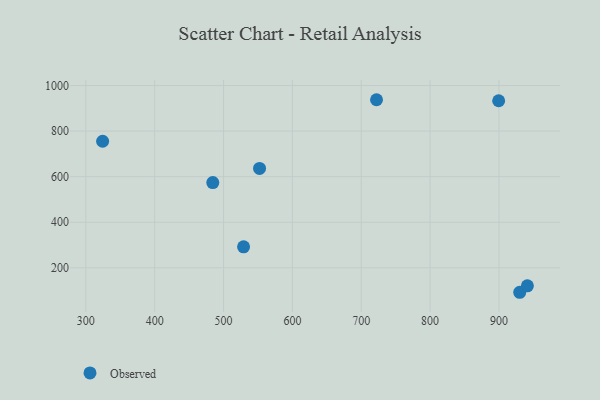
{"axis": {"x": "Engine Size", "y": "Salary"}, "legend": ["Observed"], "data": [{"x": "552.3", "y": 636.0, "type": "Observed"}, {"x": "529.1", "y": 292.1, "type": "Observed"}, {"x": "484.4", "y": 574.2, "type": "Observed"}, {"x": "899.6", "y": 933.1, "type": "Observed"}, {"x": "324.4", "y": 755.5, "type": "Observed"}, {"x": "722.2", "y": 937.7, "type": "Observed"}, {"x": "930.2", "y": 92.7, "type": "Observed"}, {"x": "941.3", "y": 121.0, "type": "Observed"}]}